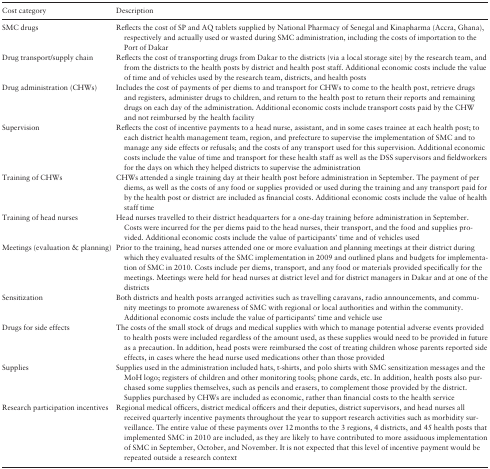
<table><thead><tr><td><b>Cost category</b></td><td><b>Description</b></td></tr></thead><tbody><tr><td>SMC drugs</td><td>Reflects the cost of SP and AQ tablets supplied by National Pharmacy of Senegal and Kinapharma (Accra, Ghana), respectively and actually used or wasted during SMC administration, including the costs of importation to the Port of Dakar</td></tr><tr><td>Drug transport/supply chain</td><td>Reflects the cost of transporting drugs from Dakar to the districts (via a local storage site) by the research team, and from the districts to the health posts by district and health post staff. Additional economic costs include the value of time and of vehicles used by the research team, districts, and health posts</td></tr><tr><td>Drug administration (CHWs)</td><td>Includes the cost of payments of per diems to and transport for CHWs to come to the health post, retrieve drugs and registers, administer drugs to children, and return to the health post to return their reports and remaining drugs on each day of the administration. Additional economic costs include transport costs paid by the CHW and not reimbursed by the health facility</td></tr><tr><td>Supervision</td><td>Reflects the cost of incentive payments to a head nurse, assistant, and in some cases trainee at each health post; to each district health management team, region, and prefecture to supervise the implementation of SMC and to manage any side effects or refusals; and the costs of any transport used for this supervision. Additional economic costs include the value of time and transport for these health staff as well as the DSS supervisors and fieldworkers for the days on which they helped districts to supervise the administration</td></tr><tr><td>Training of CHWs</td><td>CHWs attended a single training day at their health post before administration in September. The payment of per diems, as well as the costs of any food or supplies provided or used during the training and any transport paid for by the health post or district are included as financial costs. Additional economic costs include the value of health staff time</td></tr><tr><td>Training of head nurses</td><td>Head nurses travelled to their district headquarters for a one-day training before administration in September. Costs were incurred for the per diems paid to the head nurses, their transport, and the food and supplies provided. Additional economic costs include the value of participants’ time and of vehicles used</td></tr><tr><td>Meetings (evaluation &amp; planning)</td><td>Prior to the training, head nurses attended one or more evaluation and planning meetings at their district during which they evaluated results of the SMC implementation in 2009 and outlined plans and budgets for implementation of SMC in 2010. Costs include per diems, transport, and any food or materials provided specifically for the meetings. Meetings were held for head nurses at district level and for district managers in Dakar and at one of the districts</td></tr><tr><td>Sensitization</td><td>Both districts and health posts arranged activities such as travelling caravans, radio announcements, and community meetings to promote awareness of SMC with regional or local authorities and within the community. Additional economic costs include the value of participants’ time and vehicle use</td></tr><tr><td>Drugs for side effects</td><td>The costs of the small stock of drugs and medical supplies with which to manage potential adverse events provided to health posts were included regardless of the amount used, as these supplies would need to be provided in future as a precaution. In addition, head posts were reimbursed the cost of treating children whose parents reported side effects, in cases where the head nurse used medications other than those provided</td></tr><tr><td>Supplies</td><td>Supplies used in the administration included hats, t-shirts, and polo shirts with SMC sensitization messages and the MoH logo; registers of children and other monitoring tools; phone cards, etc. In addition, health posts also purchased some supplies themselves, such as pencils and erasers, to complement those provided by the district. Supplies purchased by CHWs are included as economic, rather than financial costs to the health service</td></tr><tr><td>Research participation incentives</td><td>Regional medical officers, district medical officers and their deputies, district supervisors, and head nurses all received quarterly incentive payments throughout the year to support research activities such as morbidity surveillance. The entire value of these payments over 12 months to the 3 regions, 4 districts, and 45 health posts that implemented SMC in 2010 are included, as they are likely to have contributed to more assiduous implementation of SMC in September, October, and November. It is not expected that this level of incentive payment would be repeated outside a research context</td></tr></tbody></table>